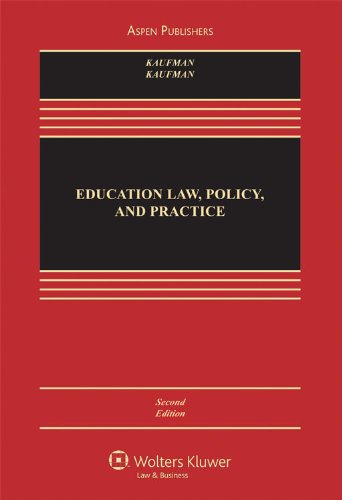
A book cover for Education Law Policy & Practice: Cases and Materials 2e; Michael J. Kaufman; Law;